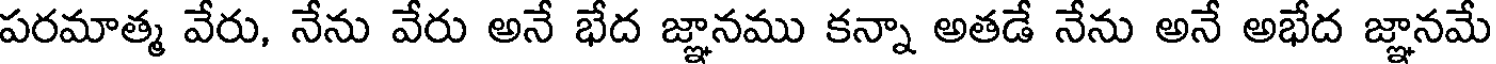
పరమాత్మ వేరు, నేను వేరు అనే భేద జ్ఞానము కన్నా అతడే నేను అనే అభేద జ్ఞానమే